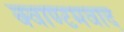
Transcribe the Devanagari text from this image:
क्वाण्टमवाद